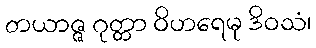
တယာဇ္ဇ ဂုတ္တာ ဝိဟရေမု ဒိဝသံ၊